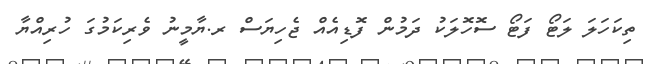
ތިކަހަލަ ލަޓޯ ފަޓޯ ސޮހޮލަކު ދަމުން ފޮޑިއެއް ޖެހިޔަސް ރ.ޔާމީނު ވެރިކަމުގަ ހުރިއްޔާ